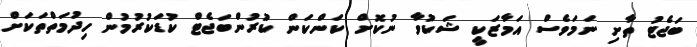
ބަޖެޓު ތާށި ނަމަވެސް އަމާޒަކީ ޝަކުވާ ނުކޮށް ކަންކަން ކުރުންބަޖެޓް ކުޑަކުރުމުން ހިދުމަތްތަކަށް